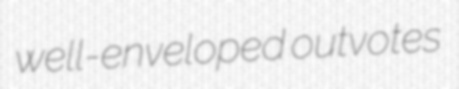
well-enveloped outvotes